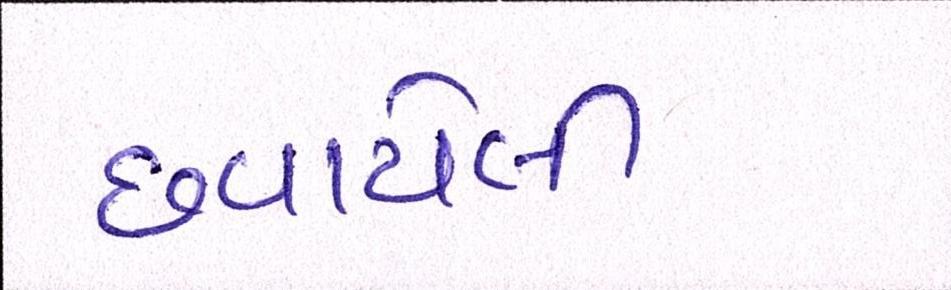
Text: છવાયેલી